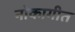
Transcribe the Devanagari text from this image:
नोकागीत